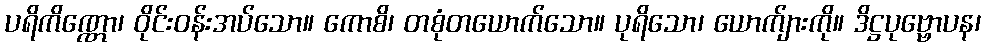
ပရိကိဏ္ဏော၊ ဝိုင်းဝန်းအပ်သော။ ကောစိ၊ တစုံတယောက်သော။ ပုရိသော၊ ယောက်ျားကို။ ဒိဋ္ဌပုဗ္ဗောပန၊